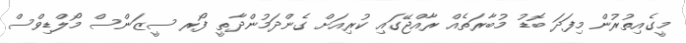
މީގެއިތުރުން މިފަދަ ބޮޑު މުބާރަތެއް ރާއްޖޭގައި ކުރިއަށް ގެންދަމުންދާތީ ފޯރ ސީޒަންސް މޯލްޑިވްސް